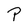
Character: P